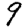
Digit: 9